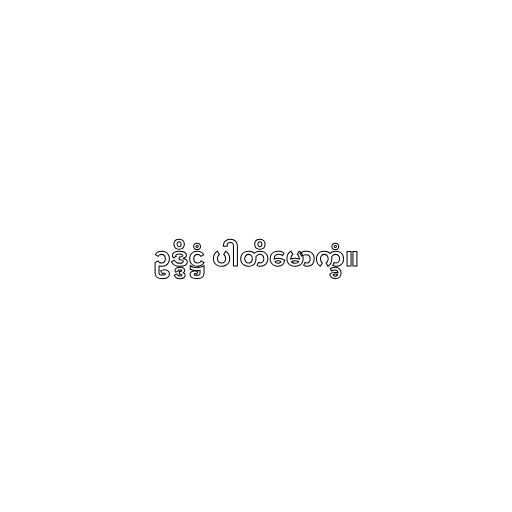
ဥဒ္ဒိဋ္ဌံ ပါတိမောက္ခံ။